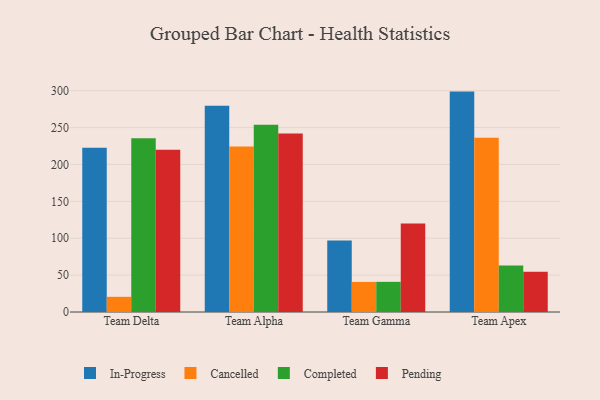
{"axis": {"x": "Team", "y": "Latency (ms)"}, "legend": ["Cancelled", "Completed", "In-Progress", "Pending"], "data": [{"x": "Team Delta", "y": 222.7, "type": "In-Progress"}, {"x": "Team Delta", "y": 20.6, "type": "Cancelled"}, {"x": "Team Delta", "y": 235.5, "type": "Completed"}, {"x": "Team Delta", "y": 220.0, "type": "Pending"}, {"x": "Team Alpha", "y": 279.7, "type": "In-Progress"}, {"x": "Team Alpha", "y": 224.3, "type": "Cancelled"}, {"x": "Team Alpha", "y": 254.0, "type": "Completed"}, {"x": "Team Alpha", "y": 242.1, "type": "Pending"}, {"x": "Team Gamma", "y": 96.9, "type": "In-Progress"}, {"x": "Team Gamma", "y": 40.8, "type": "Cancelled"}, {"x": "Team Gamma", "y": 40.9, "type": "Completed"}, {"x": "Team Gamma", "y": 119.9, "type": "Pending"}, {"x": "Team Apex", "y": 298.8, "type": "In-Progress"}, {"x": "Team Apex", "y": 236.4, "type": "Cancelled"}, {"x": "Team Apex", "y": 62.9, "type": "Completed"}, {"x": "Team Apex", "y": 54.4, "type": "Pending"}]}